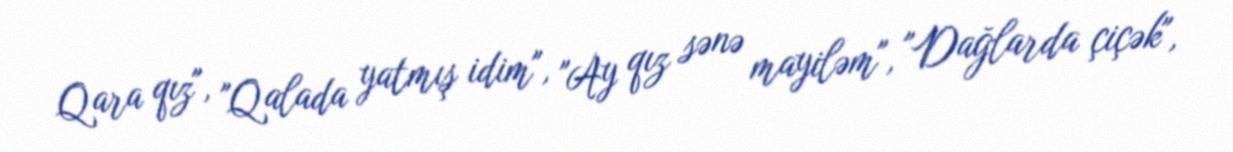
Qara qız", "Qalada yatmış idim", "Ay qız sənə mayiləm", "Dağlarda çiçək",